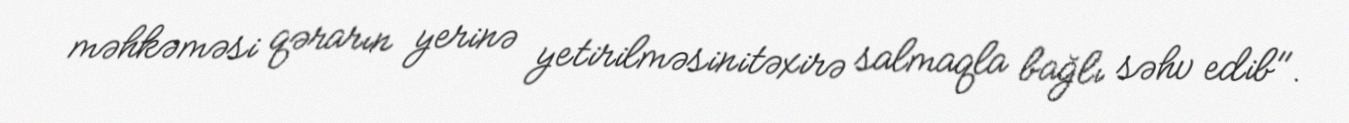
məhkəməsi qərarın yerinə yetirilməsinitəxirə salmaqla bağlı səhv edib".